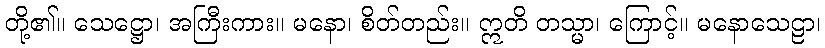
တို့၏။ သေဋ္ဌော၊ အကြီးကား။ မနော၊ စိတ်တည်း။ ဣတိ တသ္မာ၊ ကြောင့်။ မနောသေဠာ၊